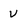
Character: V